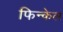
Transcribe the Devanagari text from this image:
फिन्केल